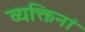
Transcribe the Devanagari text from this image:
व्यक्तिनां